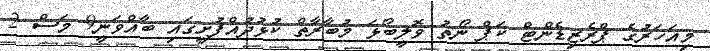
މިއަހަރުގެ ޕްރެޒިޑެންޓް ކަޕް ނޯތު ވޮލީބޯޅަ މުބާރާތް ކުޅުދުއްފުށީގައި ބާއްވަނީ9 މަސް 2